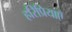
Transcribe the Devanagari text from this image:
हरिप्रियाएँ